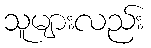
သူများလည်း